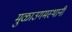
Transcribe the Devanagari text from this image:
मुळाउगमस्थानी